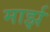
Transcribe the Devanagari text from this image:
मार्झ